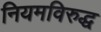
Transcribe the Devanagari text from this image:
नियमविरुद्ध